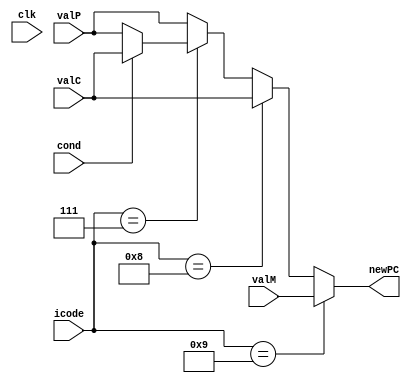
`timescale 1ns/10ps

module pc_update(clk, newPC, icode, valP, valM, valC, cond);

input clk;
input [3:0]icode;
input [63:0]valC;
input [63:0]valP;
input [63:0]valM;
input cond;
output reg [63:0]newPC;

always @(*)
begin
    //ret
    if (icode == 4'b1001) begin
        newPC = valM;
    end
    //call
    else if (icode == 4'b1000) begin
        newPC = valC;
    end
    //jxx
    else if (icode == 4'b0111) begin
        if (cond == 1) begin
            newPC = valC;
        end 
        else begin
            newPC = valP;
        end
    end
    else
    begin
        //every other instruction will be this
        newPC = valP;
    end
end
endmodule